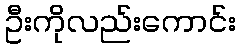
ဦးကိုလည်းကောင်း